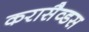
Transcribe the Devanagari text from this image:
करासैव्डस